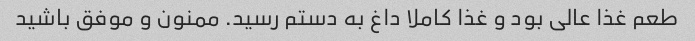
طعم غذا عالی بود و غذا کاملا داغ به دستم رسید. ممنون و موفق باشید